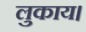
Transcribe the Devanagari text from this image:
लुकाय।